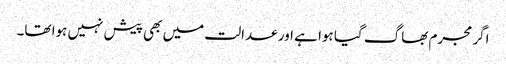
اگر مجرم بھاگ گیا ہوا ہے اور عدالت میں بھی پیش نہیں ہوا تھا۔